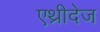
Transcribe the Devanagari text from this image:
एथ्रीदेज